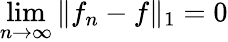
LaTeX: \operatorname*{lim}_{n\to\infty}\| f_{n}-f\| _{1}=0